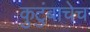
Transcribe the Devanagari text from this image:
कुटुंबाचेच